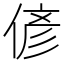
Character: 偐